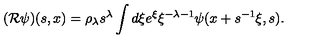
( { \cal R } \psi ) ( s , x ) = \rho _ { \lambda } s ^ { \lambda } \int d \xi e ^ { \xi } \xi ^ { - \lambda - 1 } \psi ( x + s ^ { - 1 } \xi , s ) .